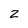
Character: 2